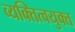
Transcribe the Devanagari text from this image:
व्यक्तित्वयुक्त